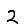
Digit: 2